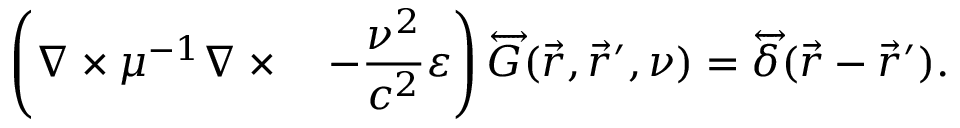
\left( \nabla \times \mu ^ { - 1 } \nabla \times \quad - \frac { \nu ^ { 2 } } { c ^ { 2 } } \varepsilon \right) \overleftrightarrow { G } ( \vec { r } , \vec { r } ^ { \prime } , \nu ) = \overleftrightarrow { \delta } ( \vec { r } - \vec { r } ^ { \prime } ) .